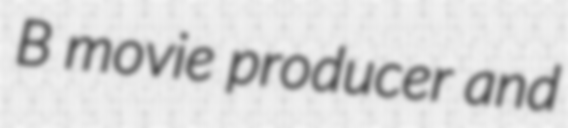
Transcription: B movie producer and